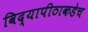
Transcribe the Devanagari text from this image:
विद्यापीठाकडेच